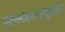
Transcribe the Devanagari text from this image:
सकलमपरस्त्वध्रुवमिदं।